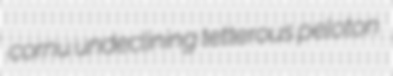
cornu undeclining tetterous peloton